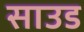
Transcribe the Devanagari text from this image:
साउड